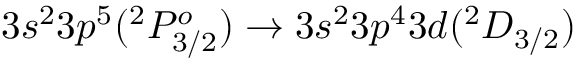
3 s ^ { 2 } 3 p ^ { 5 } ( ^ { 2 } P _ { 3 / 2 } ^ { o } ) \rightarrow 3 s ^ { 2 } 3 p ^ { 4 } 3 d ( ^ { 2 } D _ { 3 / 2 } )